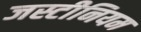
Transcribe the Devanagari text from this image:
जस्टीनियम